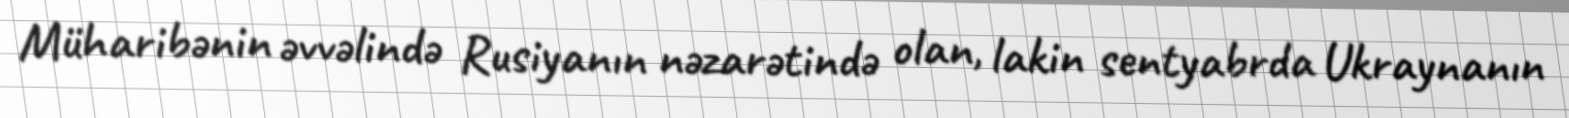
Müharibənin əvvəlində Rusiyanın nəzarətində olan, lakin sentyabrda Ukraynanın